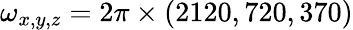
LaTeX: \omega_{x,y,z}=2\pi\times(2120,720,370)